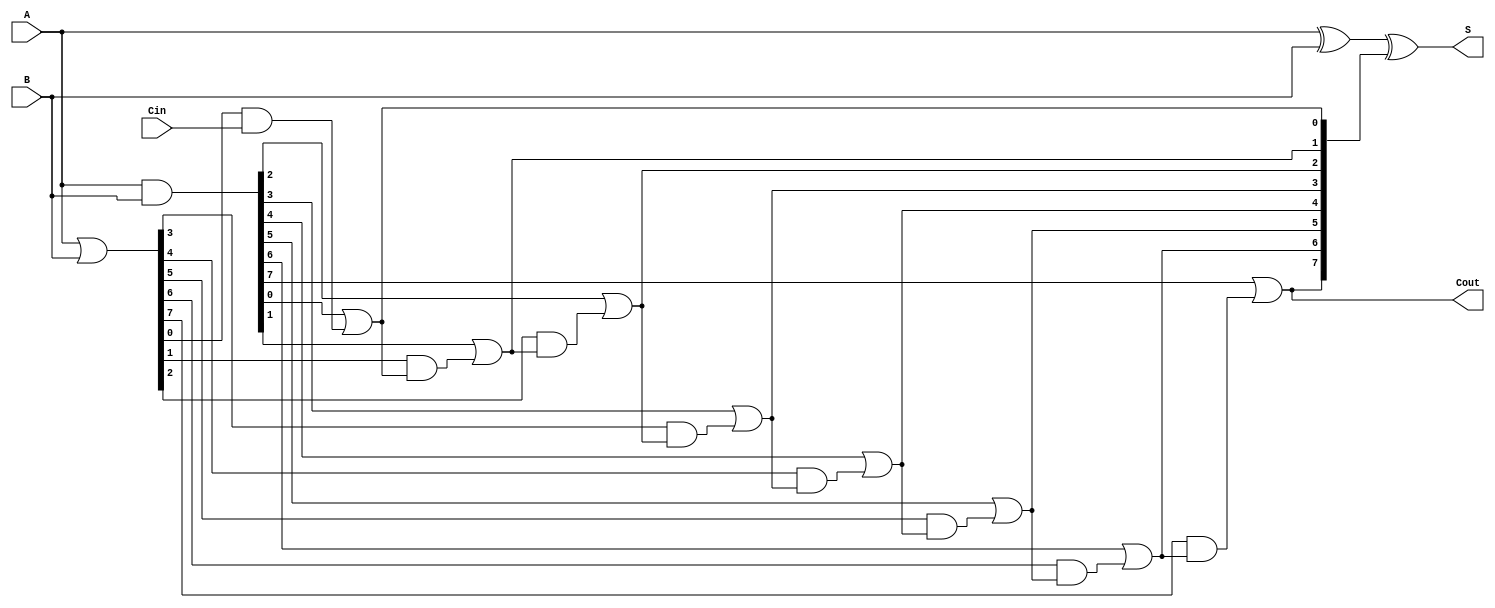
module VariableLatencyCLAA #(parameter N = 8) (
    input  [N-1:0] A,      // First operand
    input  [N-1:0] B,      // Second operand
    input          Cin,     // Carry input
    output [N-1:0] S,      // Sum output
    output         Cout     // Carry output
);

    // Generate and Propagate signals
    wire [N-1:0] G; // Generate
    wire [N-1:0] P; // Propagate
    wire [N:0] C;    // Carry signals

    // Generate and Propagate calculations
    assign G = A & B; // Generate
    assign P = A | B; // Propagate

    // Carry signal calculations
    assign C[0] = Cin; // Initial carry input

    genvar i;
    generate
        for (i = 0; i < N; i = i + 1) begin : carry_calc
            assign C[i + 1] = G[i] | (P[i] & C[i]); // Carry generation
        end
    endgenerate

    // Sum calculation
    assign S = A ^ B ^ C[N:1]; // Sum calculation

    // Final carry out
    assign Cout = C[N];

endmodule